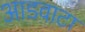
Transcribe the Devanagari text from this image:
आडवाटा